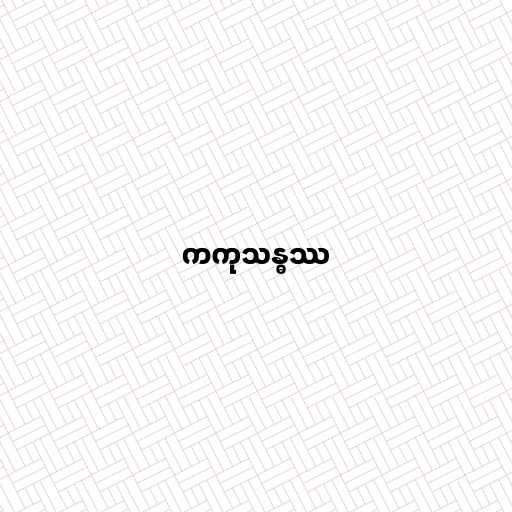
ကကုသန္ဓဿ